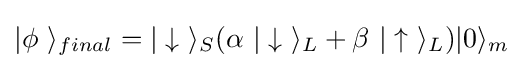
|\phi \ \rangle _{final}=|\downarrow \ \rangle _{S}(\alpha \ |\downarrow \ \rangle _{L}+\beta \ |\uparrow \ \rangle _{L})|0\rangle _{m}